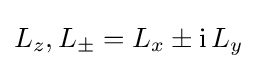
L_{z},L_{\pm }=L_{x}\pm \mathrm {i} \,L_{y}